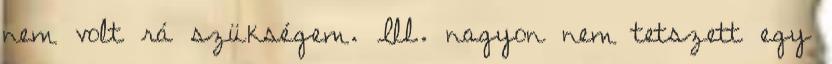
nem volt rá szükségem. Ill. nagyon nem tetszett egy